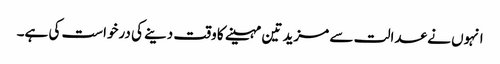
انہوں نے عدالت سے مزید تین مہینے کا وقت دینے کی درخواست کی ہے۔